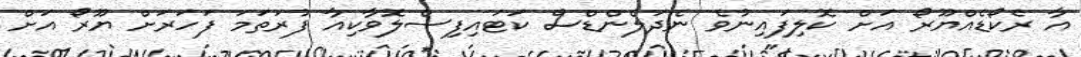
އާ ރެކޯޑެއްޔޫރޯ އަށް ކޮލިފައިނުވެ ނެދަލެންޑްސް ކަޓައިފިސްލޮވާކިއާ ފުރަތަމަ ފަހަރަށް ޔޫރޯ އަށް